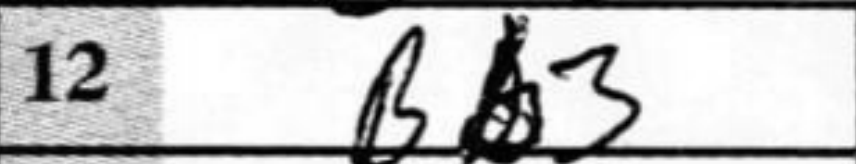
Transcription: Bb3